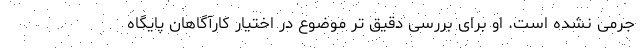
جرمی نشده است. او برای بررسی دقیق تر موضوع در اختیار کارآگاهان پایگاه